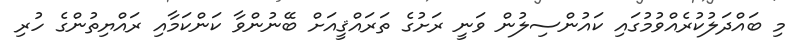
މި ބައްދަލުކުރެއްވުމުގައި ކައުންސިލުން ވަނީ ރަށުގެ ތަރައްޤީއަށް ބޭނުންވާ ކަންކަމާއި ރައްޔިތުންގެ ހުރި